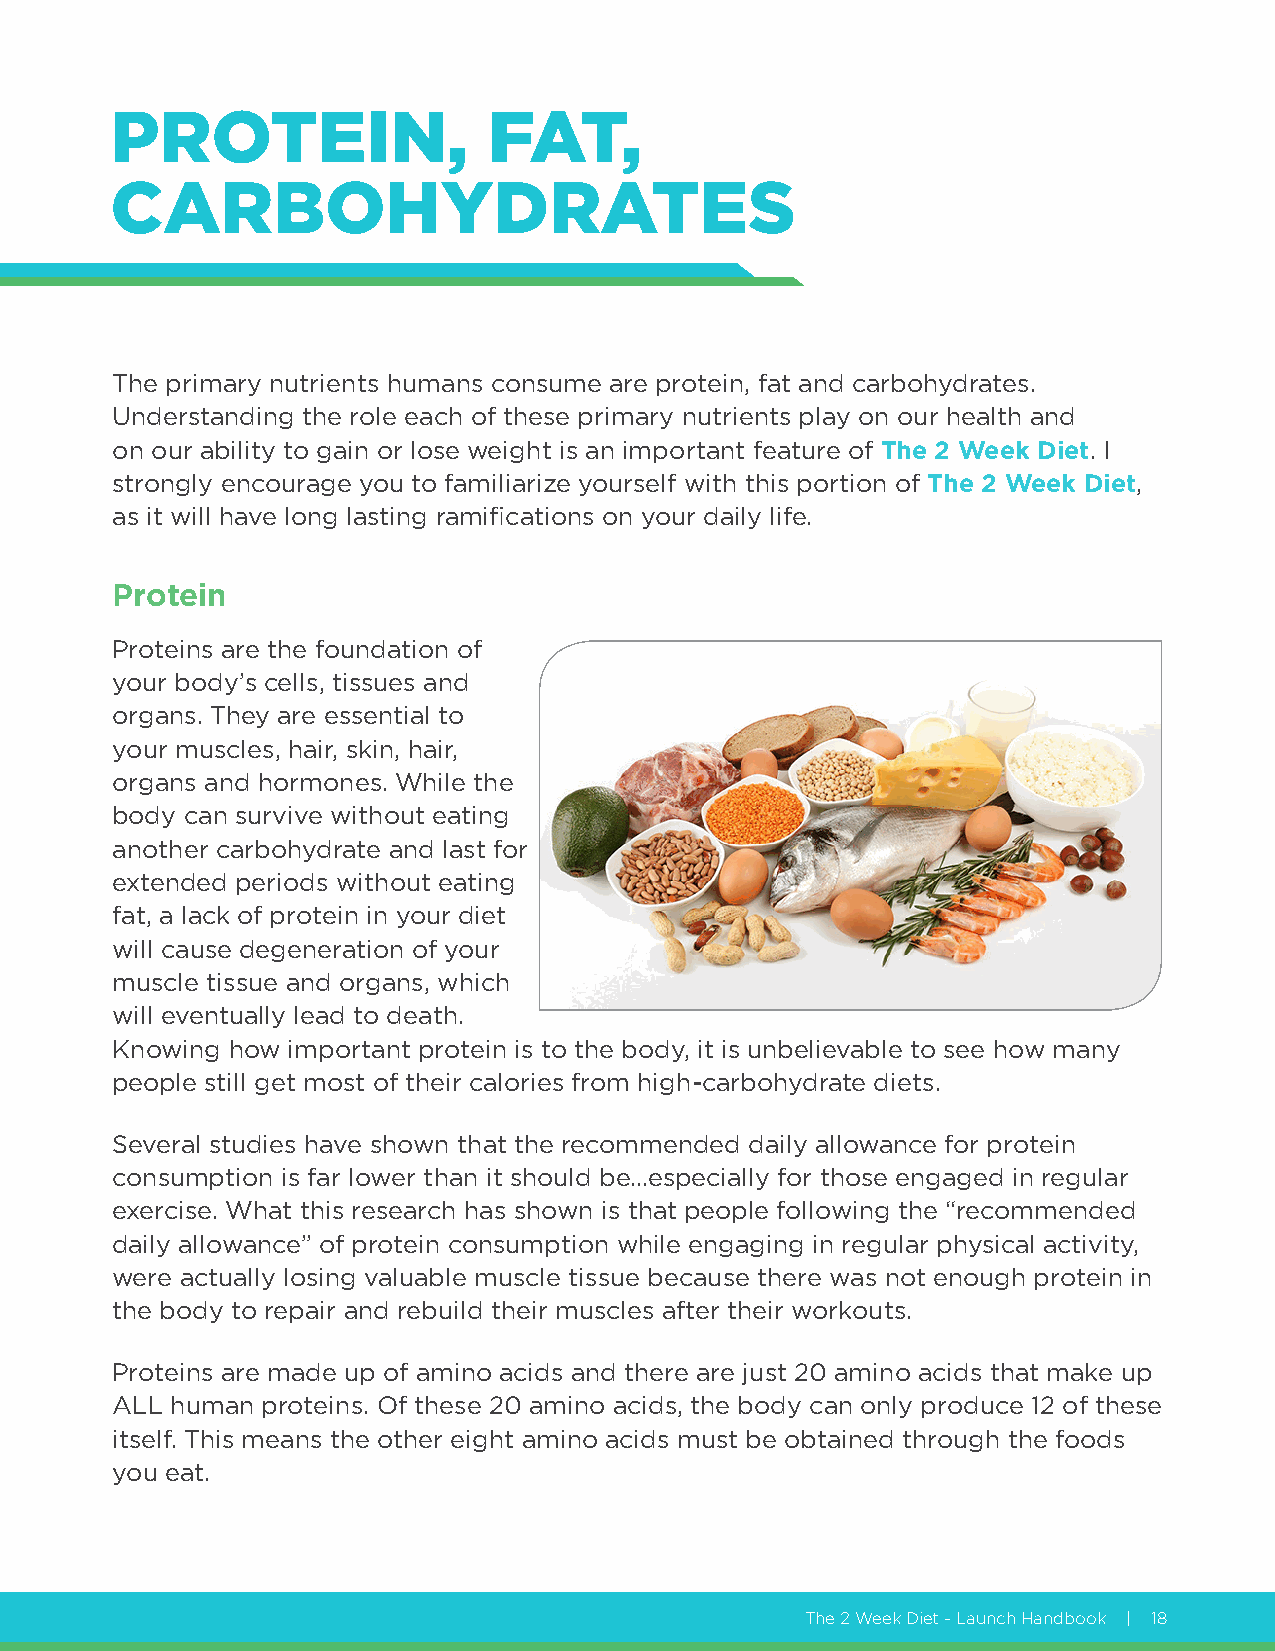
PROTEIN,                 FAT,
 CARBOHYDRATES
 The primary nutrients humans consume are protein, fat and carbohydrates.
 Understanding the role each of these primary nutrients play on our health and
 on our ability to gain or lose weight is an important feature of The 2 Week Diet. I
 strongly encourage you to familiarize yourself with this portion of The 2 Week Diet,
 as it will have long lasting ramifications on your daily life.
 Protein
 Proteins are the foundation of
 your body’s cells, tissues and
 organs. They are essential to
 your muscles, hair, skin, hair,
 organs and hormones. While the
 body can survive without eating
 another carbohydrate and last for
 extended periods without eating
 fat, a lack of protein in your diet
 will cause degeneration of your
 muscle tissue and organs, which
 will eventually lead to death.
 Knowing how important protein is to the body, it is unbelievable to see how many
 people still get most of their calories from high-carbohydrate diets.
 Several studies have shown that the recommended daily allowance for protein
 consumption is far lower than it should be...especially for those engaged in regular
 exercise. What this research has shown is that people following the “recommended
 daily allowance” of protein consumption while engaging in regular physical activity,
 were actually losing valuable muscle tissue because there was not enough protein in
 the body to repair and rebuild their muscles after their workouts.
 Proteins are made up of amino acids and there are just 20 amino acids that make up
 ALL human proteins. Of these 20 amino acids, the body can only produce 12 of these
 itself. This means the other eight amino acids must be obtained through the foods
 you eat.
 The 2 Week Diet - Launch Handbook | 18